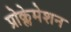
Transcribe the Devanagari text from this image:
प्रोक्लेमेशन